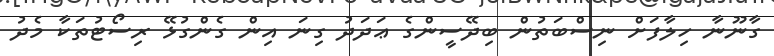
ގާނޫނާ ހިލާފަށް ނިސްބަތުން ބިދޭސީންގެ ޢަދަދު ގިނަ އިން ގެންގުޅޭ ރިސޯޓުތަކާ މެދު